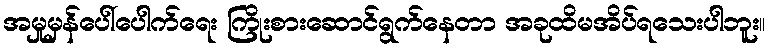
အမှုမှန်ပေါ်ပေါက်ရေး ကြိုးစားဆောင်ရွက်နေတာ အခုထိမအိပ်ရသေးပါဘူး။